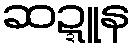
ဆဍ္ဍူန